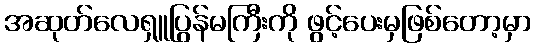
အဆုတ်လေရှူပြွန်မကြီးကို ဖွင့်ပေးမှဖြစ်တော့မှာ